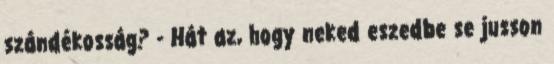
szándékosság? - Hát az, hogy neked eszedbe se jusson